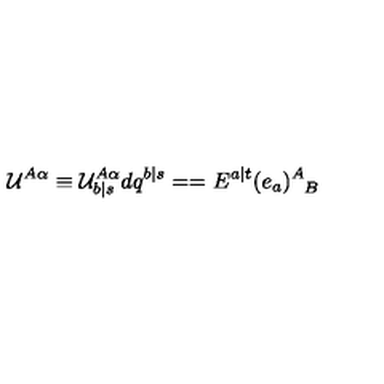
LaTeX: { \cal U } ^ { A \alpha } \equiv { \cal U } _ { b \vert s } ^ { A \alpha } d q ^ { b \vert s } = = E ^ { a \vert t } ( e _ { a } ) _ { \phantom { A } B } ^ { A }